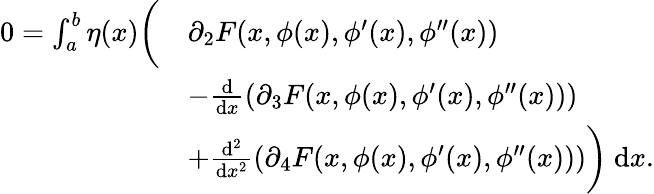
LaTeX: \begin{array}{rl}{0=\int_{a}^{b}\eta(x)\biggl(}&{\partial_{2}F(x,\phi(x),\phi^{\prime}(x),\phi^{\prime\prime}(x))}\\ &{-\frac{\mathrm{d}}{\mathrm{d}x}(\partial_{3}F(x,\phi(x),\phi^{\prime}(x),\phi^{\prime\prime}(x)))}\\ &{+\frac{\mathrm{d}^{2}}{\mathrm{d}x^{2}}(\partial_{4}F(x,\phi(x),\phi^{\prime}(x),\phi^{\prime\prime}(x)))\biggr)~\mathrm{d}x.}\end{array}